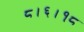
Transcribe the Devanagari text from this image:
८।६।१८